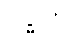
ဗဒ္ဓါတိ